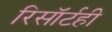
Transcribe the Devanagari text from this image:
रिसॉर्टही